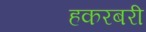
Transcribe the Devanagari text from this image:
हकरबरी